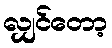
လျှင်တော့